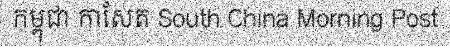
កម្ពុជា កាសែត South China Morning Post